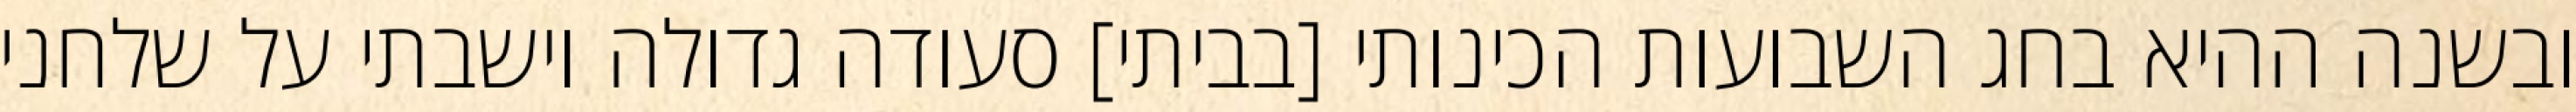
ובשנה ההיא בחג השבועות הכינותי [בביתי] סעודה גדולה וישבתי על שלחני